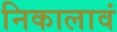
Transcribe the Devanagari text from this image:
निकालावं